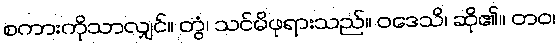
စကားကိုသာလျှင်။ တွံ၊ သင်မိဖုရားသည်။ ဝဒေသိ၊ ဆို၏။ တဝ၊